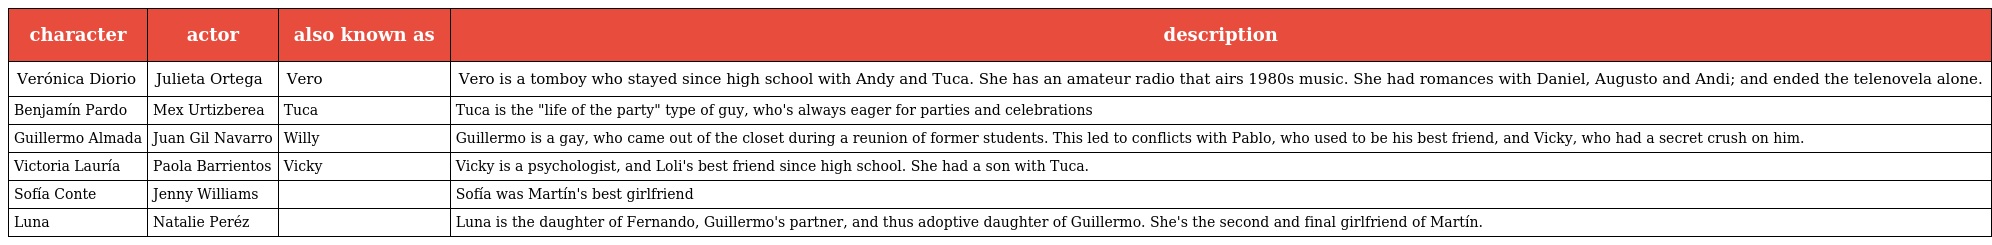
| character | actor | also known as | description |
 | --- | --- | --- | --- |
 | Verónica Diorio | Julieta Ortega | Vero | Vero is a tomboy who stayed since high school with Andy and Tuca. She has an amateur radio that airs 1980s music. She had romances with Daniel, Augusto and Andi; and ended the telenovela alone. |
 | Benjamín Pardo | Mex Urtizberea | Tuca | Tuca is the "life of the party" type of guy, who's always eager for parties and celebrations |
 | Guillermo Almada | Juan Gil Navarro | Willy | Guillermo is a gay, who came out of the closet during a reunion of former students. This led to conflicts with Pablo, who used to be his best friend, and Vicky, who had a secret crush on him. |
 | Victoria Lauría | Paola Barrientos | Vicky | Vicky is a psychologist, and Loli's best friend since high school. She had a son with Tuca. |
 | Sofía Conte | Jenny Williams |  | Sofía was Martín's best girlfriend |
 | Luna | Natalie Peréz |  | Luna is the daughter of Fernando, Guillermo's partner, and thus adoptive daughter of Guillermo. She's the second and final girlfriend of Martín. |